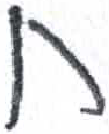
אות: ח